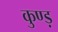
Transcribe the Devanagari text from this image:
कुण्ड़